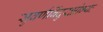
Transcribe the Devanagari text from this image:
सुवर्णबिंदुरक्षोभ्यः